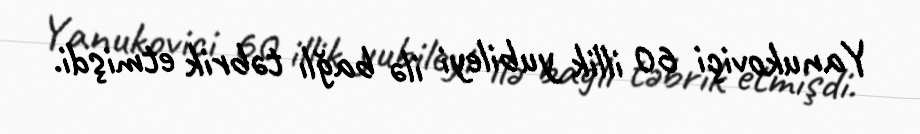
Yanukoviçi 60 illik yubileyi ilə bağlı təbrik etmişdi.